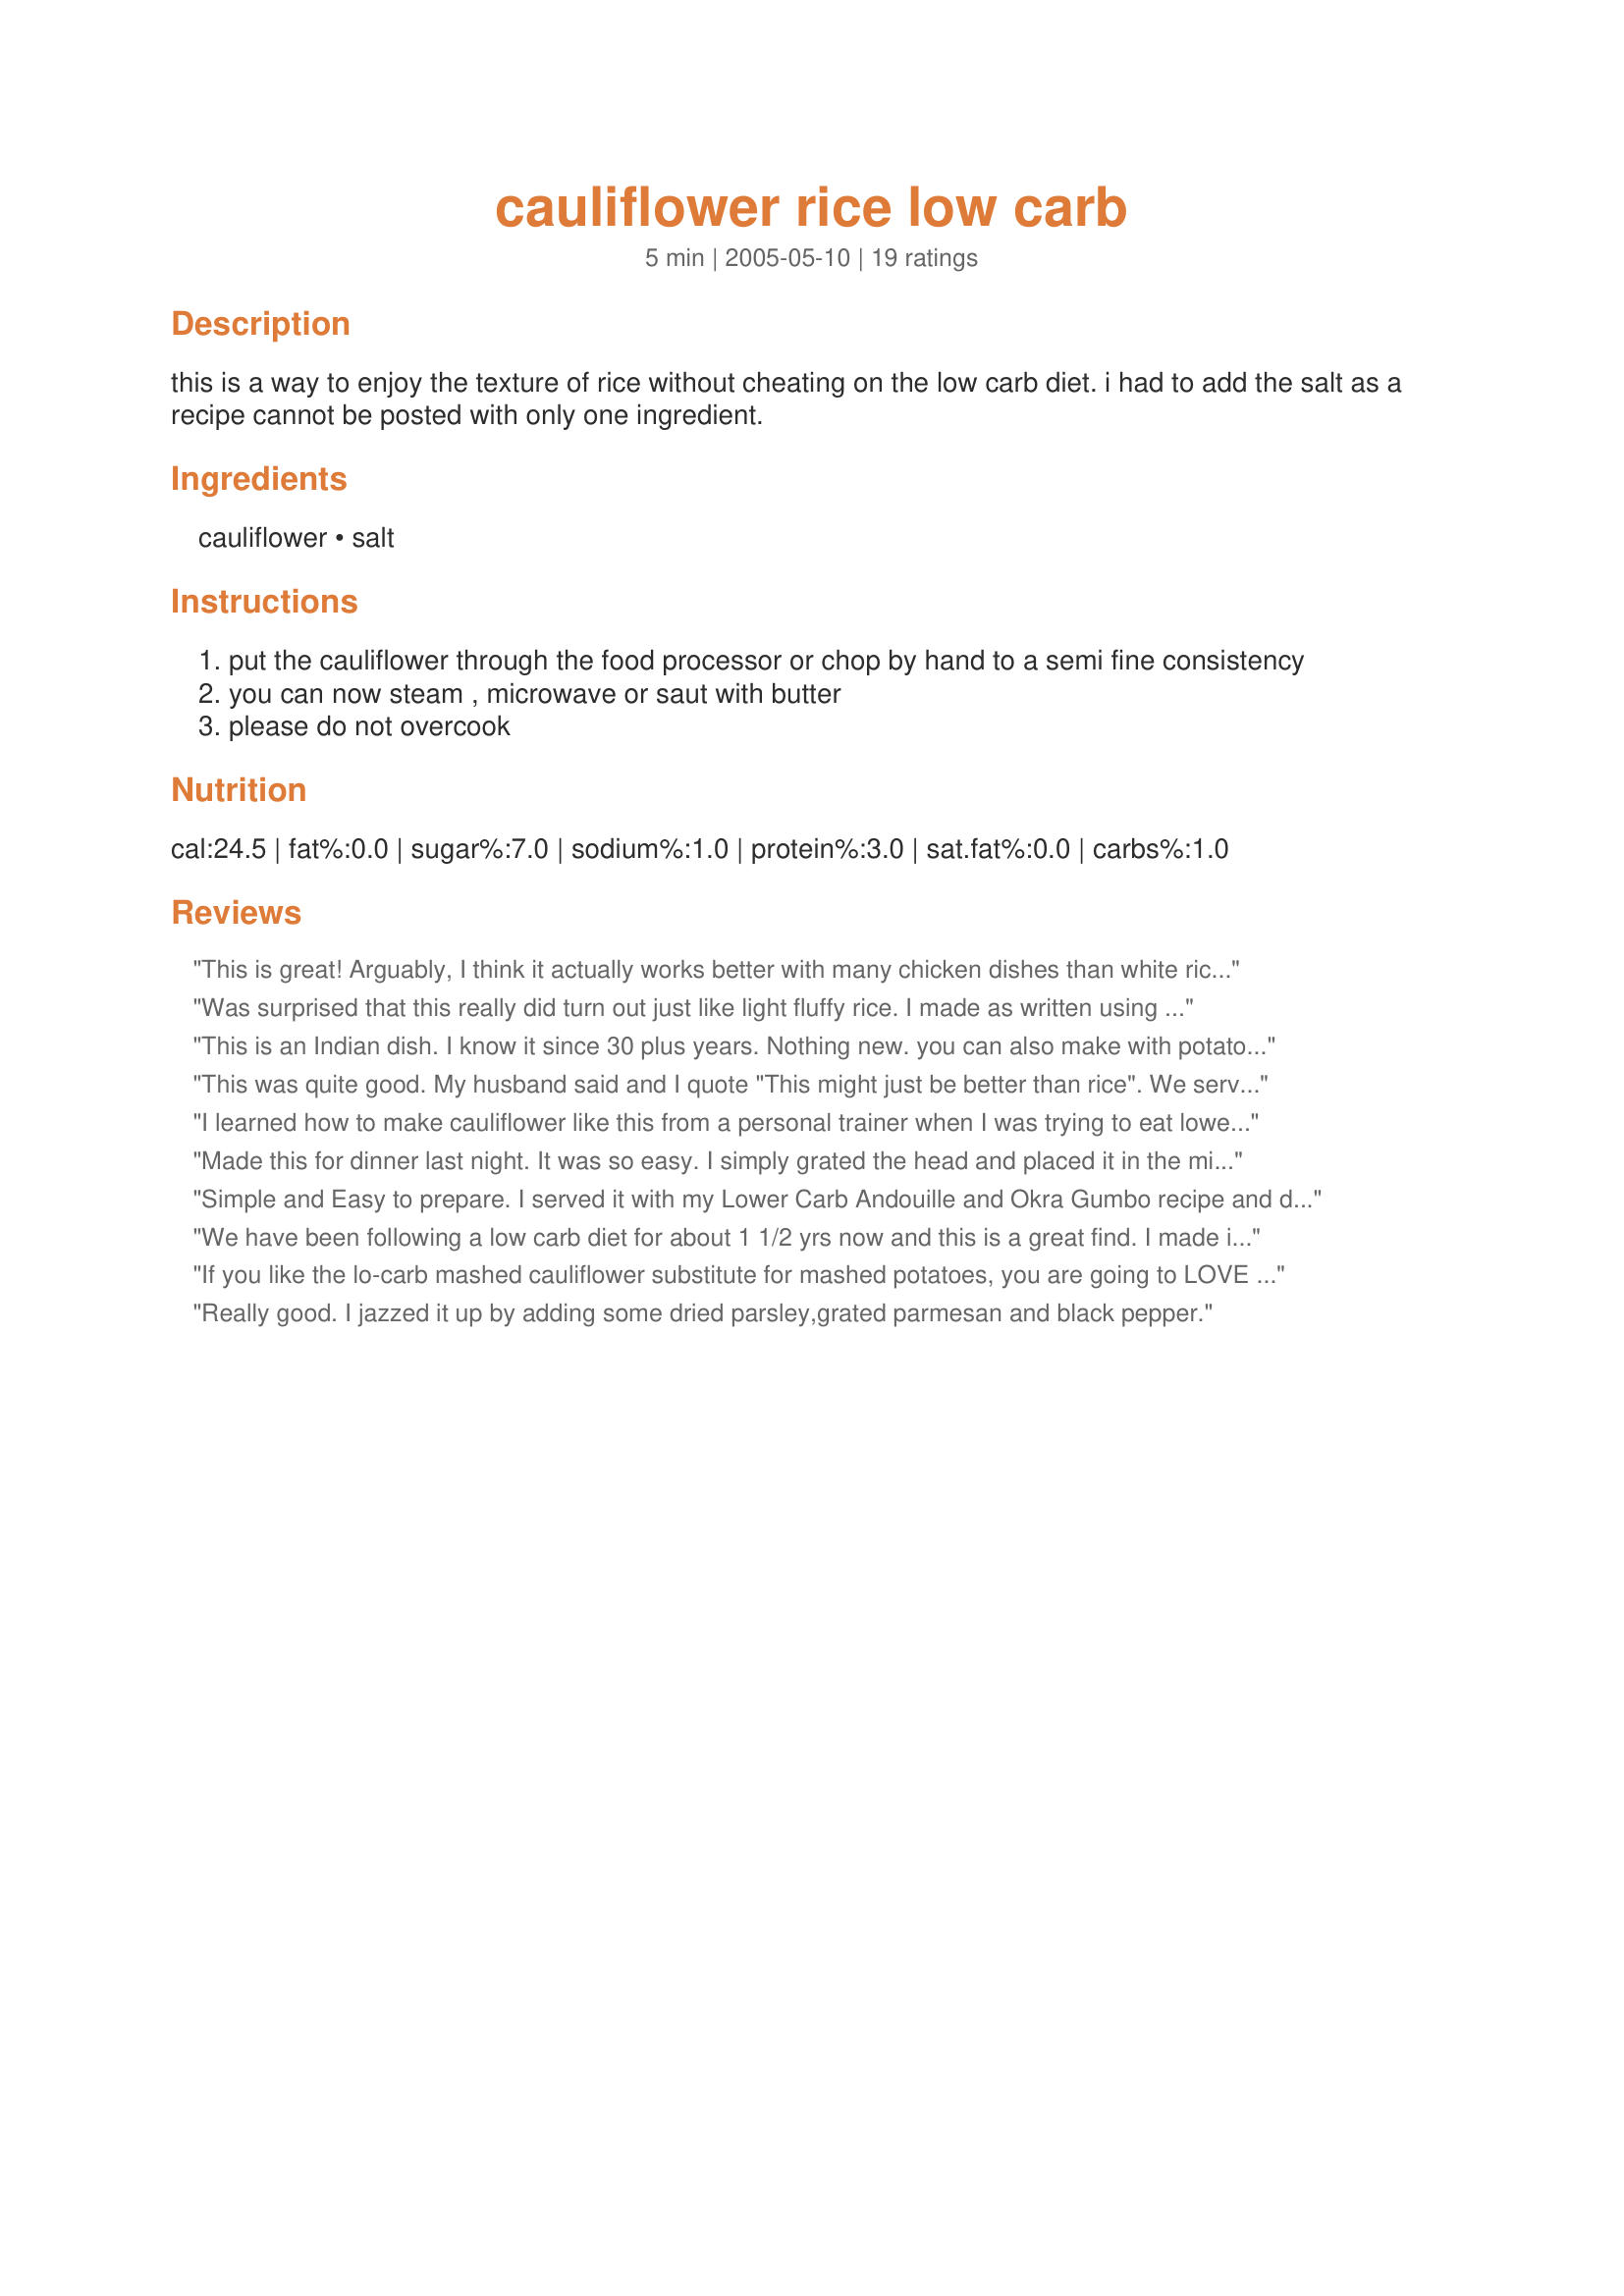
cauliflower rice low carb
Preparation time: 5 minutes

this is a way to enjoy the texture of rice without cheating on the low carb diet. i had to add the salt as a recipe cannot be posted with only one ingredient.

Ingredients:
cauliflower, salt

Steps:
put the cauliflower through the food processor or chop by hand to a semi fine consistency
you can now steam , microwave or saut with butter
please do not overcook

Reviews:
This is great! Arguably, I think it actually works better with many chicken dishes than white rice would. I like using the saute method, because I think it adds a depth to the cauliflower. Unsure if this would go over well for DH, I actually did a mix of half white rice and half cauliflower rice. I got a clean plate and a thumbs up. Thanks RR for a great recipe!
Was surprised that this really did turn out just like light fluffy rice. I made as written using the saute method, keeping in mind not to overcook as I think that is the trick to this recipe. I served as a simple plain side like one would white rice and would like to maybe try making it into a fried rice dish next time. One last note 1/2 a head feeds 4 very easily. Thanks for the post.
This is an Indian dish. I know it since 30 plus years. Nothing new. you can also make with potato or with both.
This was quite good. My husband said and I quote "This might just be better than rice". We served it under Trader Joe's Chicken Pasilla Chili and it was a hit. I used the fancy orange cauliflower and the 'rice' looked Spanish! I imagine it will look Indian when I make curry! Plus, if you like, you can steam it in a microwave safe bowl, depending on your watts, for a few minutes (don't add anything) and it comes out fluffy and gorgeous. Then add your pat of butter and serve!
I learned how to make cauliflower like this from a personal trainer when I was trying to eat lower-carb. I just put the cauliflower in the food processor and chop until it's the size of rice. Then I put it in a tightly covered microwave-safe container (I use glass). No need to add any water. Microwave about 7 to 10 minutes on high until done (better to under cook than over cook it). I add this to soups and sneak it in with white rice to stretch it and cut down the carbs. I don't even like cauliflower but I do like it this way. Refrigerate in a tight container -- it keeps in the fridge for a really long time so don't hesitate to make an entire head even if you're just one person. Fast, easy, cheap and nutritious. It doesn't get better than that!
Made this for dinner last night. It was so easy. I simply grated the head and placed it in the mircorwave for 5 minutes. A dash of salt and a tbsp of butter and wha la, a wonderful sub for rice. I paired this dish with Gordon&#039;s Seasoned Tilpia filets (found in the frozen section) and steamable garden medly veggies. So yummy and only took Ten Minutes to cook the entire meal. Great for Mom&#039;s on the go with little time to spare for cooking. I will most certainly be making this again. Maybe next time spice it up a bit with a dash of cinnamon and cumin prior to steaming in mircowave. We love our rice cooked that way so maybe it will work well with this concept too.
Simple and Easy to prepare. I served it with my Lower Carb Andouille and Okra Gumbo recipe and didn&#039;t miss the rice! Now if you could just come up with a cauliflower based crusty french bread, my meal would be complete :)
We have been following a low carb diet for about 1 1/2 yrs now and this is a great find. I made it to serve with a creamy seafood dish that is normally served over rice. We couldn&#039;t tell the difference! I cooked it for about 3-4 minutes as my microwave has a high wattage. Thank you, we will use this recipe again!
If you like the lo-carb mashed cauliflower substitute for mashed potatoes, you are going to LOVE this substitute for rice. The texture is surprisingly excellent and it is really good topped with anything you might put on top of rice. A big hit with me.
Really good. I jazzed it up by adding some dried parsley,grated parmesan and black pepper.
SO easy!
What a cool recipe! Great low-carb substitute for rice! Incredibly easy to make. Lovely with stir-frys and curries. Thank you!
We love cauliflower rice and make it often. Just wanted to let you know, it can be made just as well with frozen!! I zap the bag in the microwave for about 3 minutes (to soften - it will still be kinda frozen) then shred it in the food processor. I usually add a sprinkle of salt and a bit of butter and then throw it back in the microwave (covered) for 3-4 minutes to finish. We use it just like regular rice. The fresh is great - but when its not in season, the frozen is a LOT cheaper! HTH. :)
I sauteed in butter then served with a veggie stir fry. I like this even better than rice - very tasty!
I bought a food processor just so I could make this recipe. It was delicious as a rice substitute under Sesame Ginger Shrimp. Even my husband commented that it was the perfect texture and tasted great. This is easier to make than rice! I used a fresh head of cauliflower. After processing, I put in a microwave safe bowl, covered loosely and microwaved for 5 minutes, then added butter and salt. Perfect!
This can also be done using a spiralizer, use a small to med. size head, remove stem end, center on prongs of thin spiralizer plate. Makes perfect size bits. Can be frozen or used immediately. To cook, break it up, if frozen, toss into a skillet, toss for2-3 minutes to evaporate any water and use in any recipe, or add butter and seasonings of choice. Works Great! Scotty D.
What a phenomenal idea!!!! I made half a head of cauliflower and microwaved it for exactly 6 minutes and it was perfectly done, a little crunchy and so fluffy! After cooking, I sprinkled with some garlic salt, parmesan cheese and a drizzle of olive oil. Absolutely delicious! This will go directly into my "WOW" cookbook and thank you ever so much for sharing this great recipe.
Hey! This is a WONDERFUL substitute for regular rice! I am a dedicated low carber...but had never tried this before. I made some indian curries and served them over the cauliflower 'rice'..I felt satisfied and undeprived!

Thanks riffraff!
GREAT!!! I sauted it with some EVOO and then added some egg beaters, soy sauce, cooked broccoli, and steak pieces. I thought it looked a lot like rice, but my boyfriend didnt think so.
